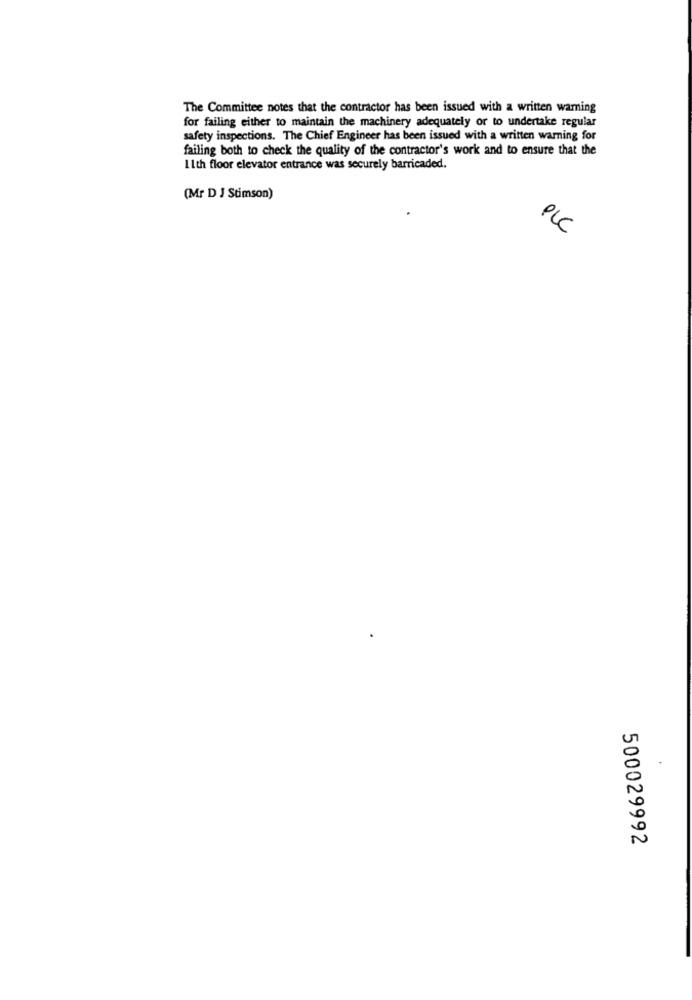
The Committee notes that the contractor has been issued with a written warning
for failing either to maintain the machinery adequately or to undertake regular
safety inspections. The Chief Engineer has been issued with a written warning for
failing both to check the quality of the contractor's work and to ensure that the
1 1th floor elevator entrance was securely barricaded.
(Mr D J Stimson)
PLC
500029992